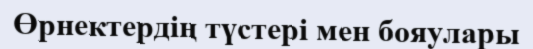
Өрнектердің түстері мен бояулары